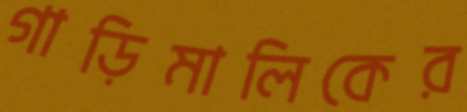
গাড়িমালিকের